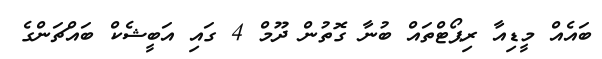
ބައެއް މީޑިއާ ރިޕޯޓްތައް ބުނާ ގޮތުން ދޫމް 4 ގައި އަބީޝެކް ބައްޗަންގެ